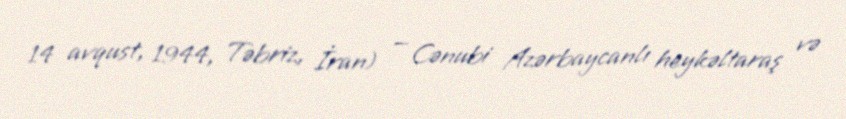
14 avqust, 1944, Təbriz, İran) — Cənubi Azərbaycanlı heykəltaraş və